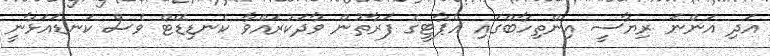
އަދި އަންނަ ރިޔާސީ އިންތިހާބްގައި އެޕާޓީގެ ފަރާތުން ވާދަކުރައްވާ ކެނޑިޑޭޓް ވެސް ކަނޑައަޅާނީ